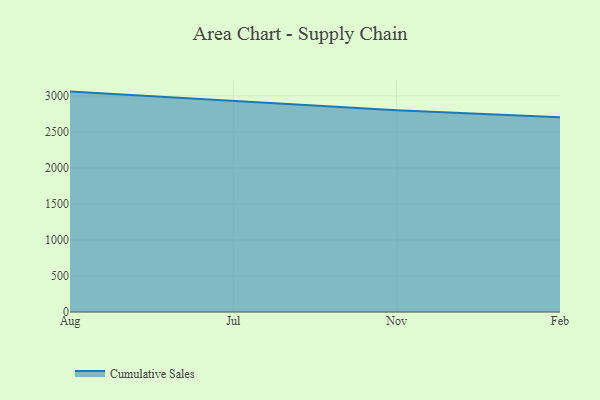
{"axis": {"x": "Month", "y": "Energy Usage (MWh)"}, "legend": ["Cumulative Sales"], "data": [{"x": "Aug", "y": 3059.5, "type": "Cumulative Sales"}, {"x": "Jul", "y": 2928.7, "type": "Cumulative Sales"}, {"x": "Nov", "y": 2799.3, "type": "Cumulative Sales"}, {"x": "Feb", "y": 2704.3, "type": "Cumulative Sales"}]}